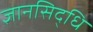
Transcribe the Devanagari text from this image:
ज्ञानसिद्धि